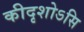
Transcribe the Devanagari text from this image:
कीदृशोऽसि